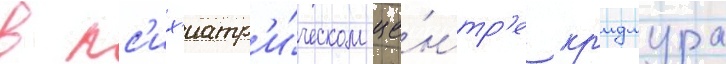
в пс'их'иатр'и́ческом це́нтр'е кр'идмура